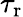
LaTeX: \tau_{\mathrm{r}}